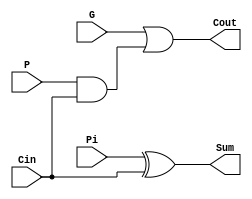
`timescale 1ns / 1ps
//////////////////////////////////////////////////////////////////////////////////
// Company: m62ammar@gmail.com
// 
// Design Name: 
// Module Name:    SumUnit 
// Project Name: 
// Target Devices: 
// Tool versions: 
// Description: 
//
// Dependencies: 
//
// Revision: 
// Revision 0.01 - File Created
// Additional Comments: 
//
//////////////////////////////////////////////////////////////////////////////////
module SumUnit(
	input  G,
	input  P,
	input  Pi,
	input  Cin,
	output Cout,
	output Sum
    );

	assign Cout = G | (P & Cin);
	assign Sum  = Pi^Cin;

endmodule